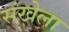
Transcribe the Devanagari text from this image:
संखेला